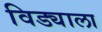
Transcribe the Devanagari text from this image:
विड्याला